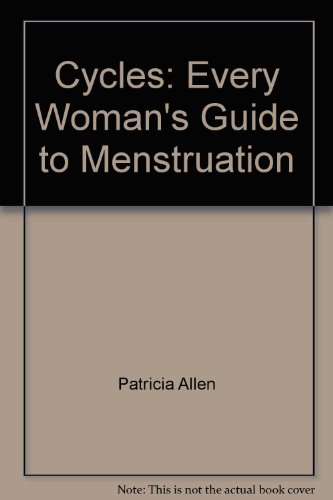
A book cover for Cycles: Every Woman's Guide to Menstruation; Patricia and Denise Fortino Allen; Health, Fitness & Dieting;